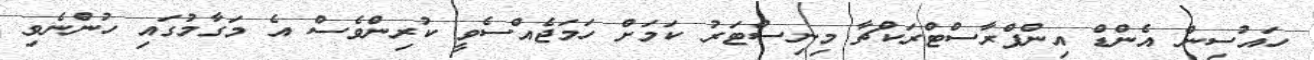
ހައުސިން އެންޑް އިންފްރާސްޓްރަކްޗާ މިނިސްޓަރު ކަމަށް ހަމަޖެއްސެވީ ކުރިންވެސް އެ މަގާމުގައި ހުންނެވި